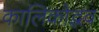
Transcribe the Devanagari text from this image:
कालिकोद्भव